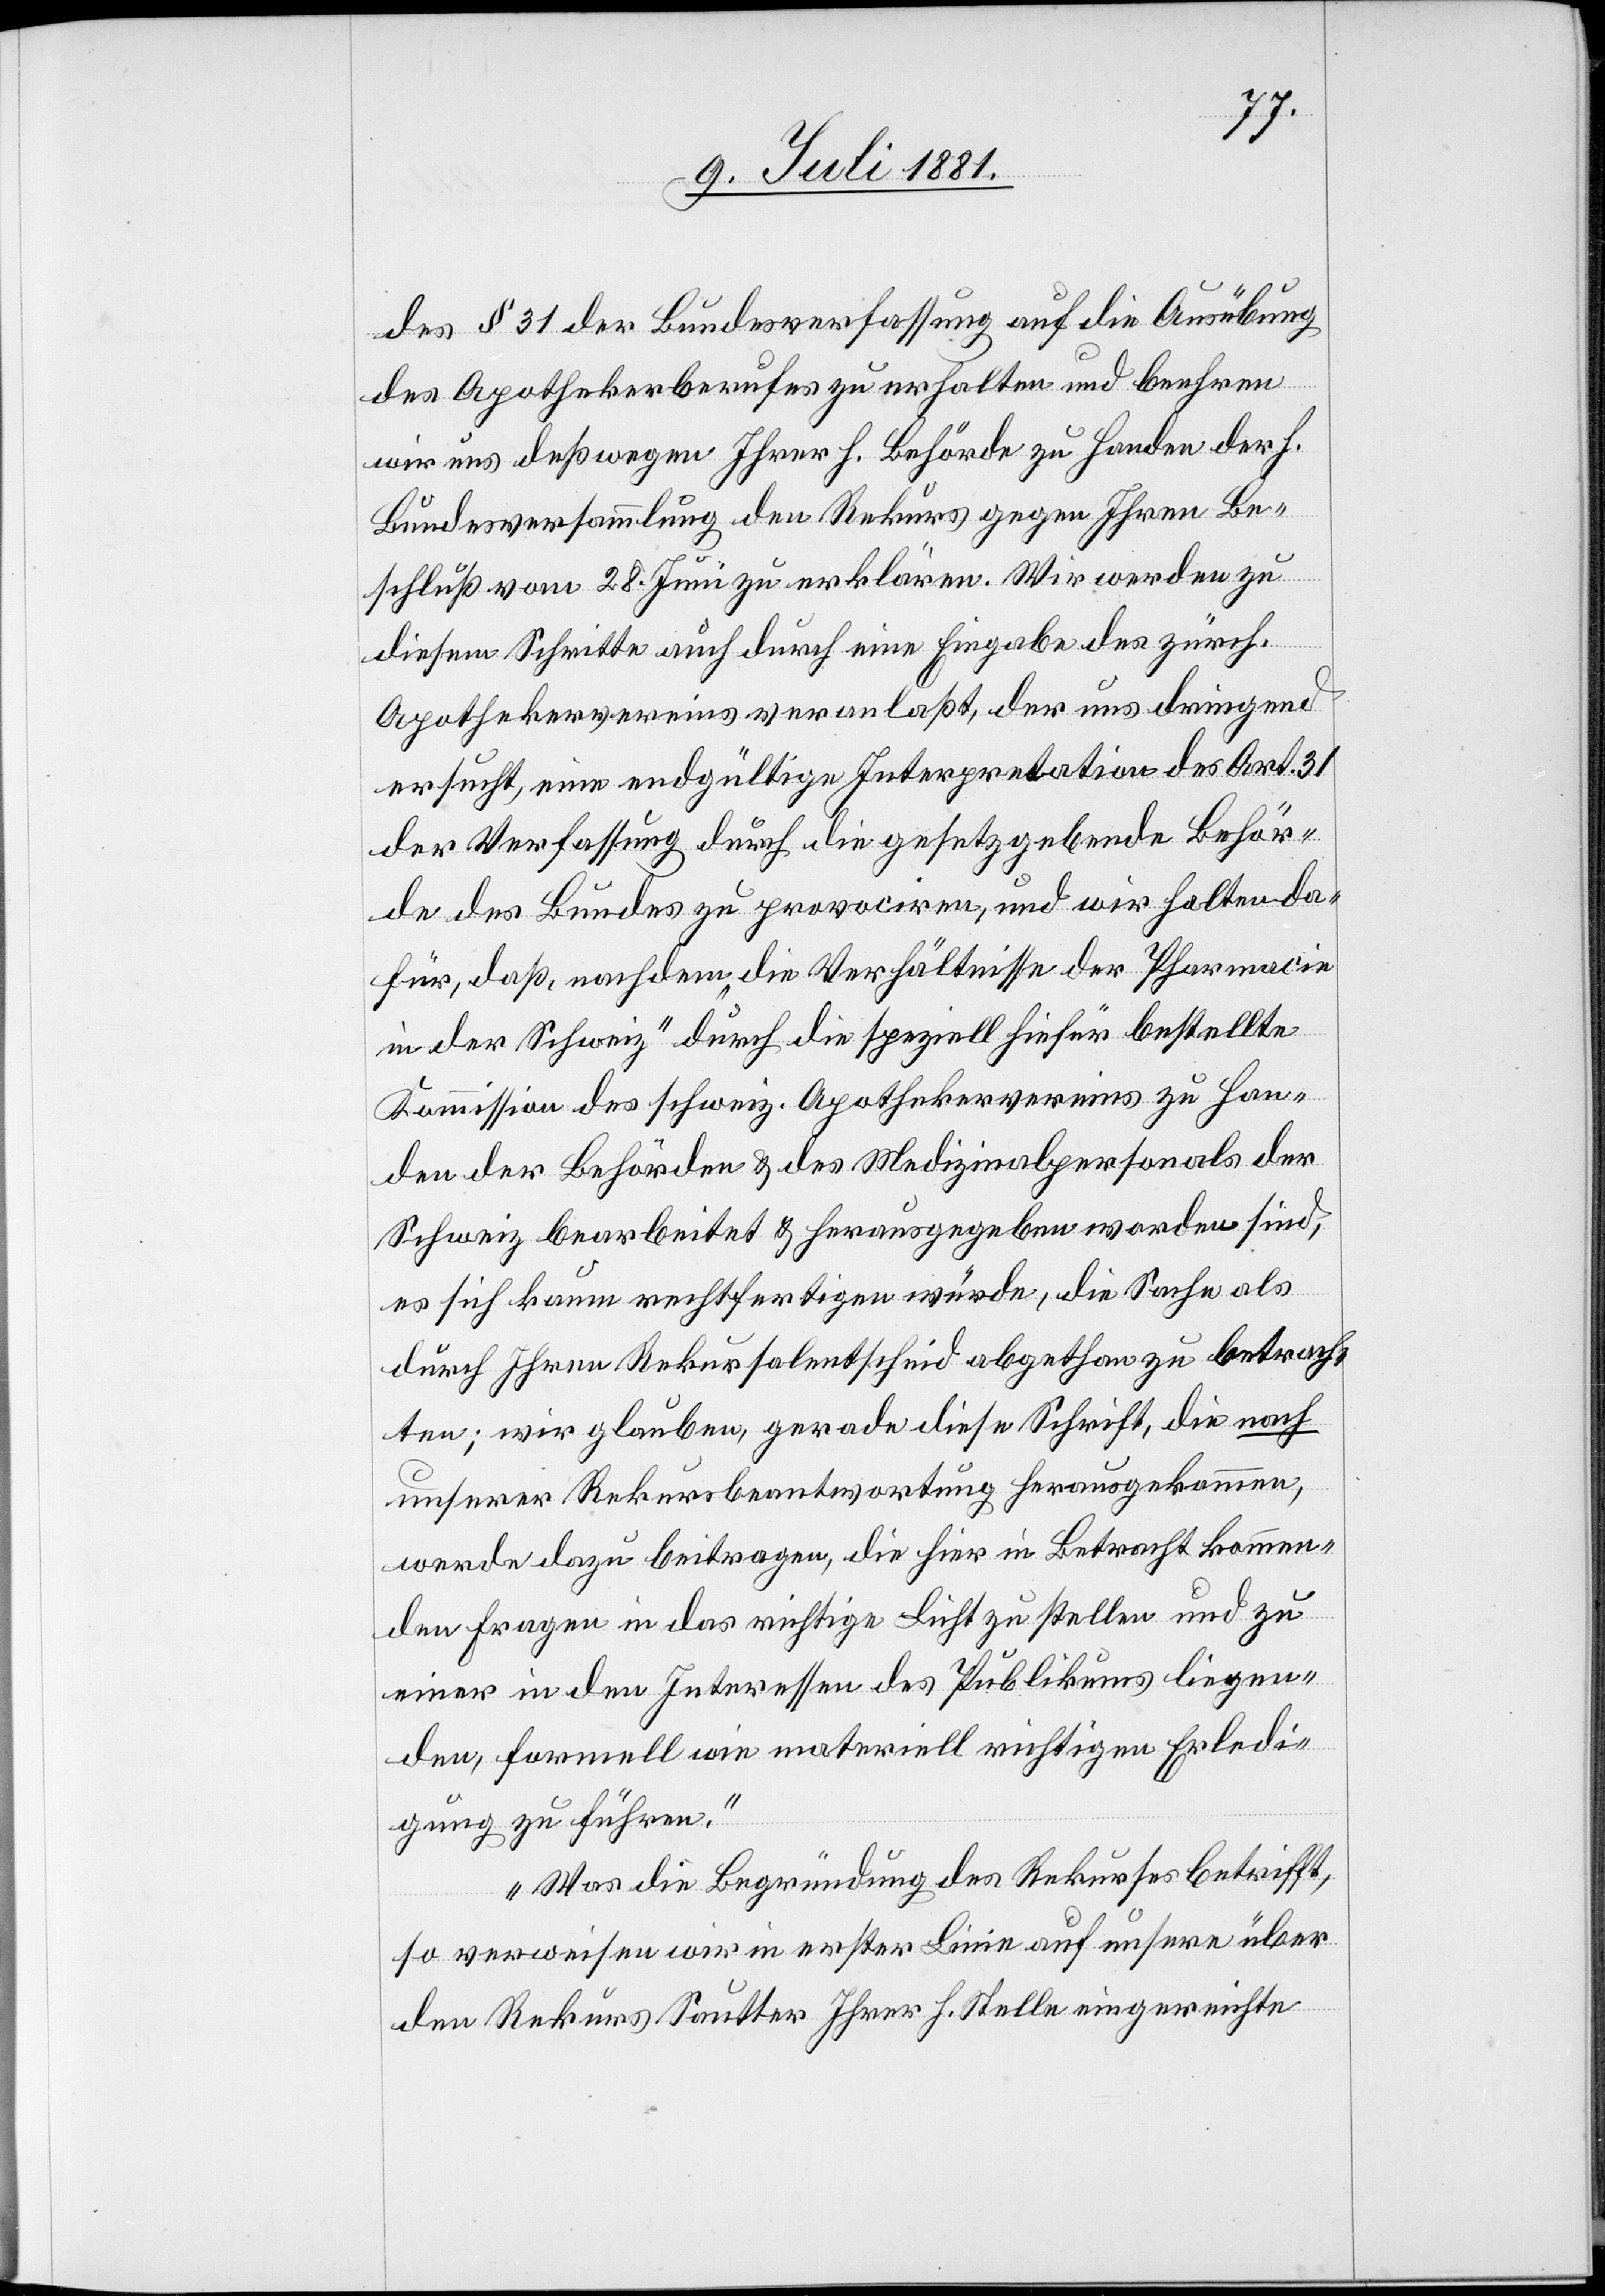
des § 31 der Bundesverfassung auf die Ausübung
des Apothekerberufes zu erhalten und beehren
wir uns deßwegen Ihrer h. Behörde zu Handen der h.
Bundesversammlung den Rekurs gegen Ihren Be¬
schluß vom 28. Juni zu erklären. Wir werden zu
diesem Schritte auch durch eine Eingabe des zürch.
Apothekervereins veranlaßt, der uns dringend
ersucht, eine endgültige Interpretation des Art. 31
der Verfassung durch die gesetzgebende Behör¬
de des Bundes zu provociren, und wir halten da¬
für, daß, nachdem „die Verhältnisse der Pharmacie
in der Schweiz“ durch die speziell hiefür bestellte
Kommission des schweiz. Apothekervereins zu Han¬
den der Behörden & des Medizinalpersonals der
Schweiz bearbeitet & herausgegeben worden sind,
es sich kaum rechtfertigen würde, die Sache als
durch Ihren Rekursalentscheid abgethan zu betrach¬
ten; wir glauben, gerade diese Schrift, die nach
unserer Rekursbeantwortung herausgekommen,
werde dazu beitragen, die hier in Betracht kommen¬
den Fragen in das richtige Licht zu stellen und zu
einer in den Interessen des Publikums liegen¬
den, formell wie materiell wichtigen Erledi¬
gung zu führen.
Was die Begründung des Rekurses betrifft,
so verweisen wir in erster Linie auf unsere über
den Rekurs Sautter Ihrer h. Stelle eingereichte